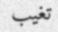
تغيب